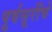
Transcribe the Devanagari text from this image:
पूर्वसूरींचे